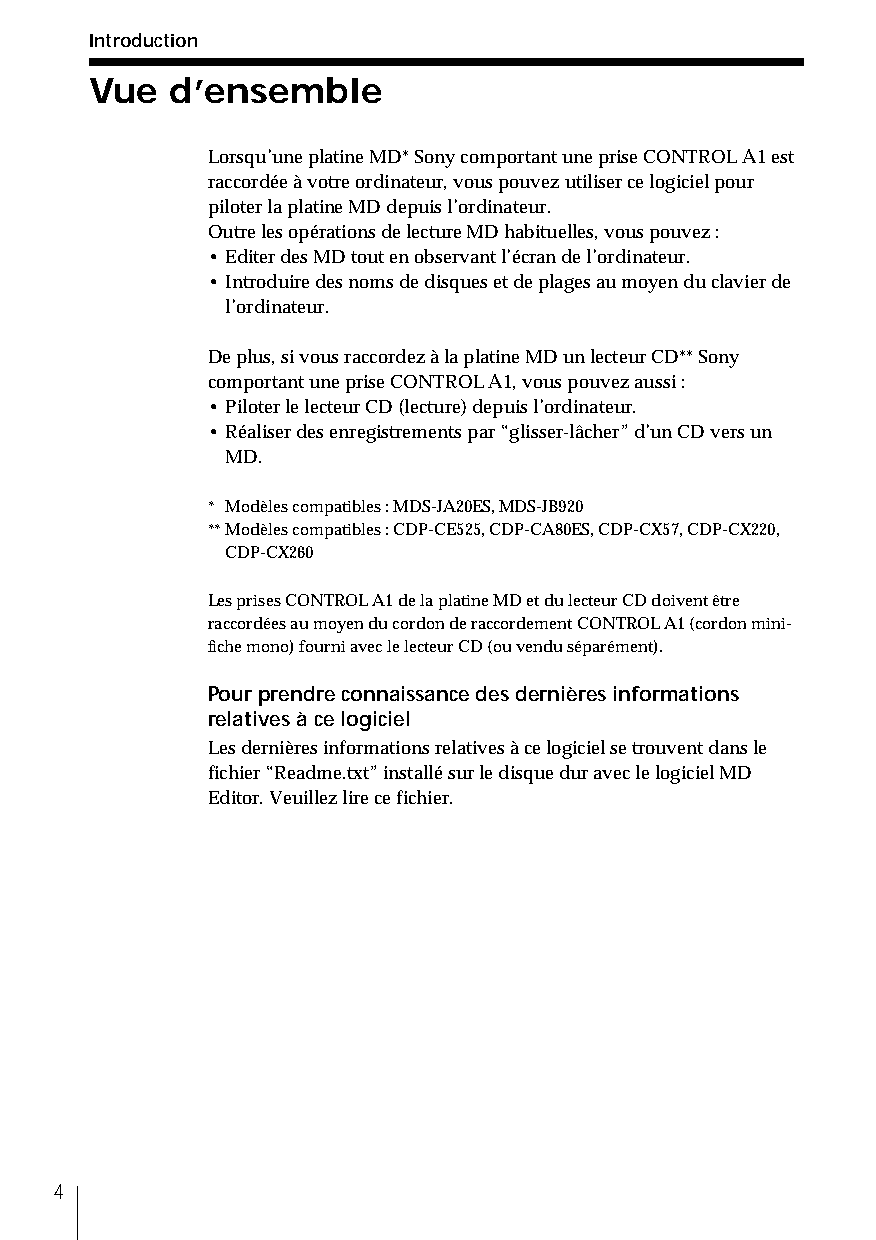
Introduction
 Vue  d’ensemble
 Lorsqu’une platine MD* Sony comportant une prise CONTROL A1 est
 raccordée à votre ordinateur, vous pouvez utiliser ce logiciel pour
 piloter la platine MD depuis l’ordinateur.
 Outre les opérations de lecture MD habituelles, vous pouvez :
 • Editer des MD tout en observant l’écran de l’ordinateur.
 • Introduire des noms de disques et de plages au moyen du clavier de
 l’ordinateur.
 De plus, si vous raccordez à la platine MD un lecteur CD** Sony
 comportant une prise CONTROL A1, vous pouvez aussi :
 • Piloter le lecteur CD (lecture) depuis l’ordinateur.
 • Réaliser des enregistrements par “glisser-lâcher” d’un CD vers un
 MD.
 * Modèles compatibles : MDS-JA20ES, MDS-JB920
 **Modèles compatibles : CDP-CE525, CDP-CA80ES, CDP-CX57, CDP-CX220,
 CDP-CX260
 Les prises CONTROL A1 de la platine MD et du lecteur CD doivent être
 raccordées au moyen du cordon de raccordement CONTROL A1 (cordon mini-
 fiche mono) fourni avec le lecteur CD (ou vendu séparément).
 Pour prendre connaissance des dernières informations
 relatives à ce logiciel
 Les dernières informations relatives à ce logiciel se trouvent dans le
 fichier “Readme.txt” installé sur le disque dur avec le logiciel MD
 Editor. Veuillez lire ce fichier.
 4